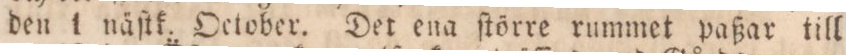
den 1 näſtk. October. Det ena ſtörre rummet paßar till